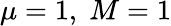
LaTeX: \mu=1,\; M=1